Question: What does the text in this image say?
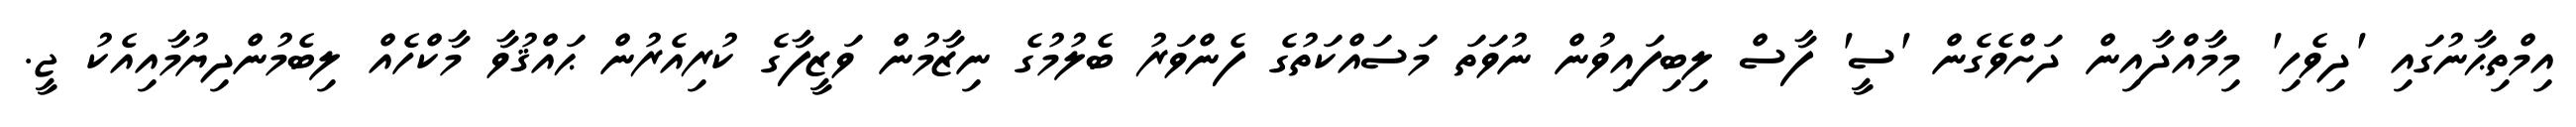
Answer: އިމްތިޙާނުގައި 'ދިވެހި' މިމާއްދާއިން ދަށްވެގެން 'ސީ' ފާސް ލިބިފައިވުން ނުވަތަ މަސައްކަތުގެ ފެންވަރު ބެލުމުގެ ނިޒާމުން ވަޒީފާގެ ކުރިއެރުން ޙައްޤުވާ މާކްހެއް ލިބެމުންދިޔުމާއިއެކު ޖީ.